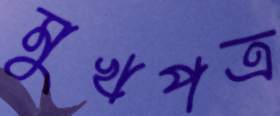
মুখপত্র